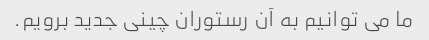
ما می توانیم به آن رستوران چینی جدید برویم.